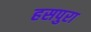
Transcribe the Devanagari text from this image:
हसपुरा